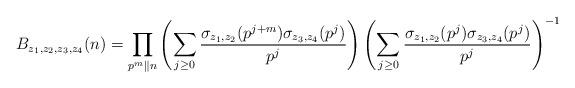
LaTeX: \begin{align*}B_{z_1,z_2,z_3,z_4}(n) = \prod_{p^m \| n} \left(\sum_{j\geq 0} \frac{\sigma_{z_1,z_2}(p^{j + m}) \sigma_{z_3,z_4} (p^j)}{p^j} \right)\left(\sum_{j\geq 0} \frac{\sigma_{z_1,z_2}(p^{j}) \sigma_{z_3,z_4} (p^j)}{p^j} \right)^{-1}\end{align*}